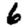
Digit: 6